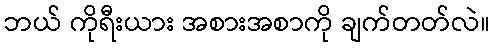
ဘယ် ကိုရီးယား အစားအစာကို ချက်တတ်လဲ။